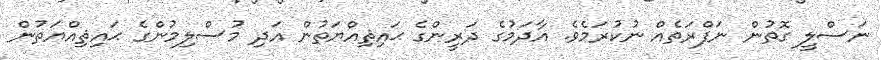
ނަސްލީ ގޮތުން ނަފްރަތެއް ނުކުރަމެވެ. އާދަމުގެ ދަރީންގެ ޙައިޘިއްޔަތުން އަދި މުސްލިމުންގެ ޙައިޘިއްޔަތުން